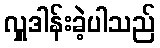
လှူဒါန်းခဲ့ပါသည်